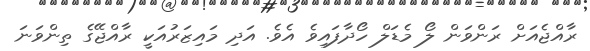
ރާއްޖެއަށް ރަންވަން ލޯ މެޑަލް ހޯދާފައިވެ އެވެ. އަދި މައިޒަރުއަކީ ރާއްޖޭގެ ތިންވަނަ